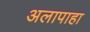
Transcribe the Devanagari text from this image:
अलापाहा